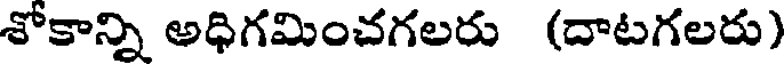
శోకాన్ని అధిగమించగలరు (దాటగలరు)